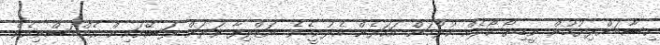
ހިސާބަށްދިޔުމުން ވީޑިޔޯ ކޯލެއް ކުރުމަށް އަހަރެން އެދުނީމެވެ. އަޒްލިފާ ވަރަށް ފަސޭހައިން އެއްބަސްވިއެވެ.